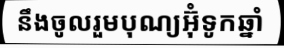
នឹងចូលរួមបុណ្យអ៊ុំទូកឆ្នាំ